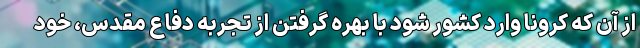
از آن که کرونا وارد کشور شود با بهره گرفتن از تجربه دفاع مقدس، خود